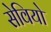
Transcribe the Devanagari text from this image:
सेवियो